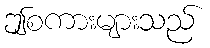
ဤစကားများသည်